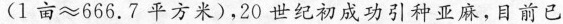
(1亩≈666.7平方米)，20世纪初成功引种亚麻，目前已